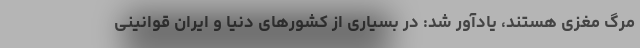
مرگ مغزی هستند، یادآور شد: در بسیاری از کشورهای دنیا و ایران قوانینی